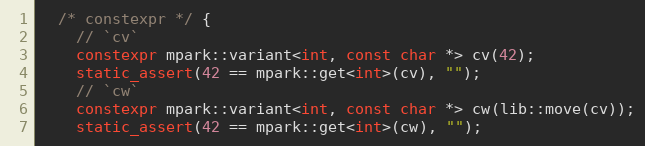
Language: C++
  /* constexpr */ {
    // `cv`
    constexpr mpark::variant<int, const char *> cv(42);
    static_assert(42 == mpark::get<int>(cv), "");
    // `cw`
    constexpr mpark::variant<int, const char *> cw(lib::move(cv));
    static_assert(42 == mpark::get<int>(cw), "");